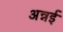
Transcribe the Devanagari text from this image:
अन्नई